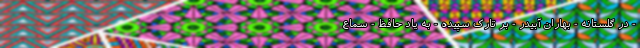
- در گلستانه - بهاران آبیدر - بر تارک سپیده - به یاد حافظ - سماع